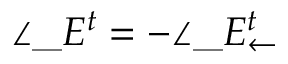
\angle \_ E ^ { t } = - \angle \_ E _ { \leftarrow } ^ { t }